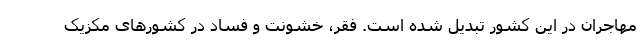
مهاجران در این کشور تبدیل شده است. فقر، خشونت و فساد در کشورهای مکزیک